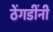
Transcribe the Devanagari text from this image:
ठेंगडींनी